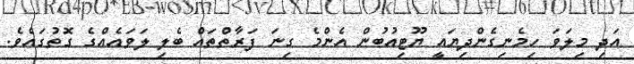
އަދި މިލަވަ ހިމެނިގެންދިޔައީ ޔޫޓިއުބުން އެންމެ ގިނަ ފަރާތްތައް ބެލި ލަވައެއްގެ ގޮތުގައެވެ.